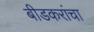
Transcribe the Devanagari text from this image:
बीडकरांचा